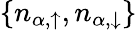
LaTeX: \{ n_{{\alpha},\uparrow},n_{{\alpha},\downarrow}\}